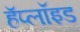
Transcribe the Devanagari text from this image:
हॅप्लॉइड